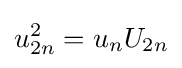
u_{2n}^{2}=u_{n}U_{2n}